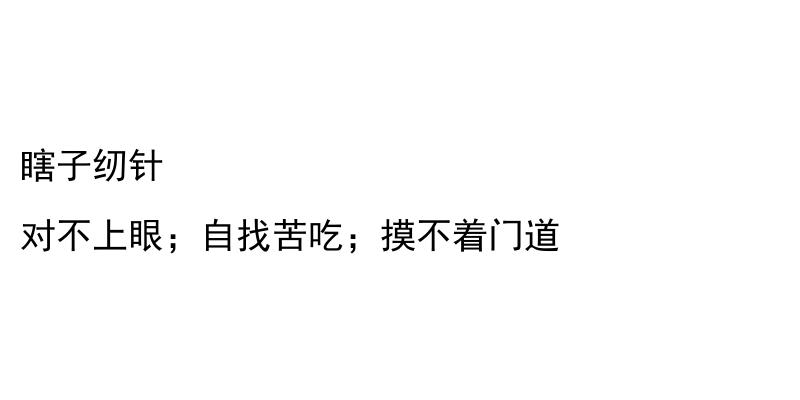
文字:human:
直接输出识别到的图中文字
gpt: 瞎子纫针 对不上眼；自找苦吃；摸不着门道